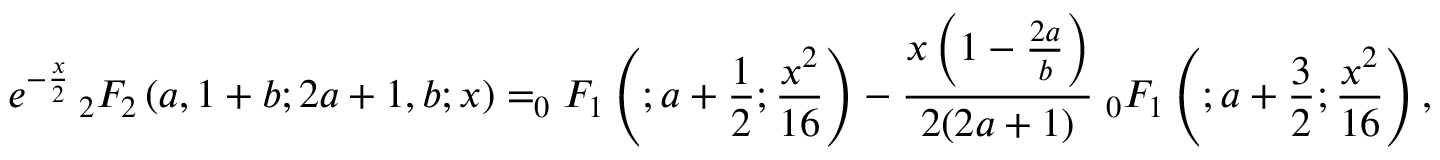
e ^ { - { \frac { x } { 2 } } } \, _ { 2 } F _ { 2 } \left( a , 1 + b ; 2 a + 1 , b ; x \right) = _ { 0 } F _ { 1 } \left( ; a + { \frac { 1 } { 2 } } ; { \frac { x ^ { 2 } } { 1 6 } } \right) - { \frac { x \left( 1 - { \frac { 2 a } { b } } \right) } { 2 ( 2 a + 1 ) } } \; _ { 0 } F _ { 1 } \left( ; a + { \frac { 3 } { 2 } } ; { \frac { x ^ { 2 } } { 1 6 } } \right) ,